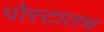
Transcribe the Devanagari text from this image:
पोस्टातच